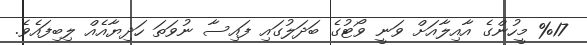
%17 މީހުންގެ އާއިލާއަށް ވަނީ ވޯޓުގެ ބަދަލުގައި ފައިސާ ނުވަތަ ހަދިޔާއެއް ލިބިފައެވެ.